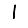
Digit: 1